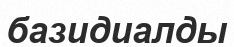
базидиалды